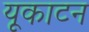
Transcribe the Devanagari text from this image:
यूकाटन